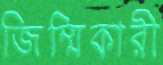
জিম্মিকারী